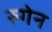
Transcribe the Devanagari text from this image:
रुगेन